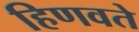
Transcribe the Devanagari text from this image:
हिणवते